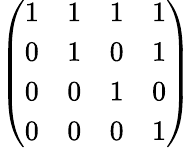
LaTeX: \left(\begin{array}{llll}{1}&{1}&{1}&{1}\\ {0}&{1}&{0}&{1}\\ {0}&{0}&{1}&{0}\\ {0}&{0}&{0}&{1}\end{array}\right)